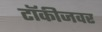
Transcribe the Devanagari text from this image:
टॉकीजवर